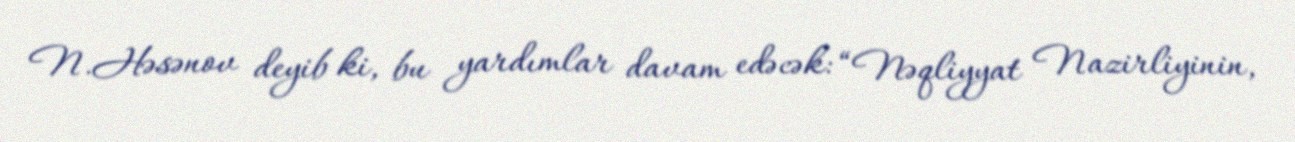
N.Həsənov deyib ki, bu yardımlar davam edəcək: “Nəqliyyat Nazirliyinin,